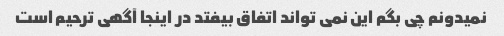
نمیدونم چی بگم این نمی تواند اتفاق بیفتد در اینجا آگهی ترحیم است